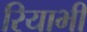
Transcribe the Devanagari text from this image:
रियाभी